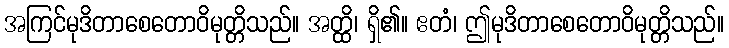
အကြင်မုဒိတာစေတောဝိမုတ္တိသည်။ အတ္ထိ၊ ရှိ၏။ ဧတံ၊ ဤမုဒိတာစေတောဝိမုတ္တိသည်။